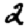
Digit: 2